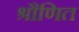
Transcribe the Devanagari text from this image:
श्रौणित